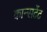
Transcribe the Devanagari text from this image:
कान्सटेंट